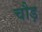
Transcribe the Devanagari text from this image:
चौड़